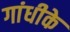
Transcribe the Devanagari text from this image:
गांधीके